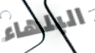
البلهاء